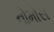
નોમોસ